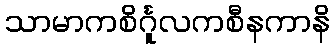
သာမာကစိင်္ဂူလကစီနကာနိ